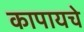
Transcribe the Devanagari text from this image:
कापायचे